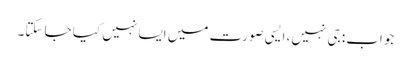
جواب: جی نہیں، ایسی صورت میں ایسا نہیں کیا جا سکتا۔